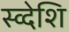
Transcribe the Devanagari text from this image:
स्व्देशि